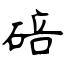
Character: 碚